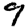
Digit: 9